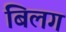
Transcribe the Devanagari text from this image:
बिलग